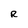
Character: R